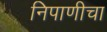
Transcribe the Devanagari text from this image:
निपाणीचा